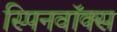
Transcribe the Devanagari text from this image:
स्पिनवॉक्स